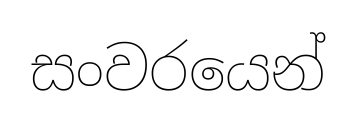
සංවරයෙන්